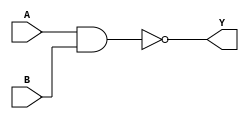
module NAND_Gate_Delay
(
    input wire A,
    input wire B,
    output reg Y
);

always @ (A or B)
begin
    #1 Y = ~(A & B); // introduce a 1 time unit delay using #
end

endmodule